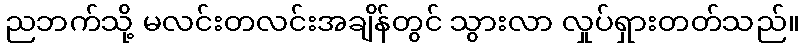
ညဘက်သို့ မလင်းတလင်းအချိန်တွင် သွားလာ လှုပ်ရှားတတ်သည်။